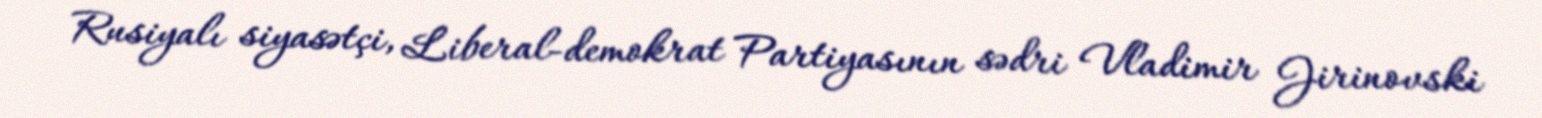
Rusiyalı siyasətçi, Liberal-demokrat Partiyasının sədri Vladimir Jirinovski